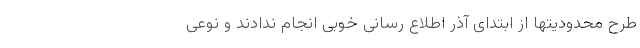
طرح محدودیتها از ابتدای آذر اطلاع رسانی خوبی انجام ندادند و نوعی